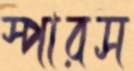
স্পারস